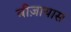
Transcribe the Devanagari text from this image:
वीज़ायास